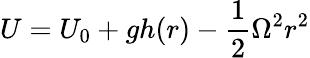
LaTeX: {U}={U}_{0}+gh(r)-{\frac{1}{2}}\Omega^{2}r^{2}